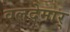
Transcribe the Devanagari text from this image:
वलदेमार्